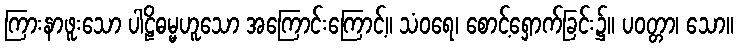
ကြားနာဖူးသော ပါဠိဓမ္မဟူသော အကြောင်းကြောင့်။ သံဝရေ၊ စောင့်ရှောက်ခြင်း၌။ ပဝတ္တာ၊ သော။